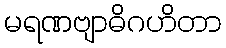
မရဏဗျာဓိဂဟိတာ